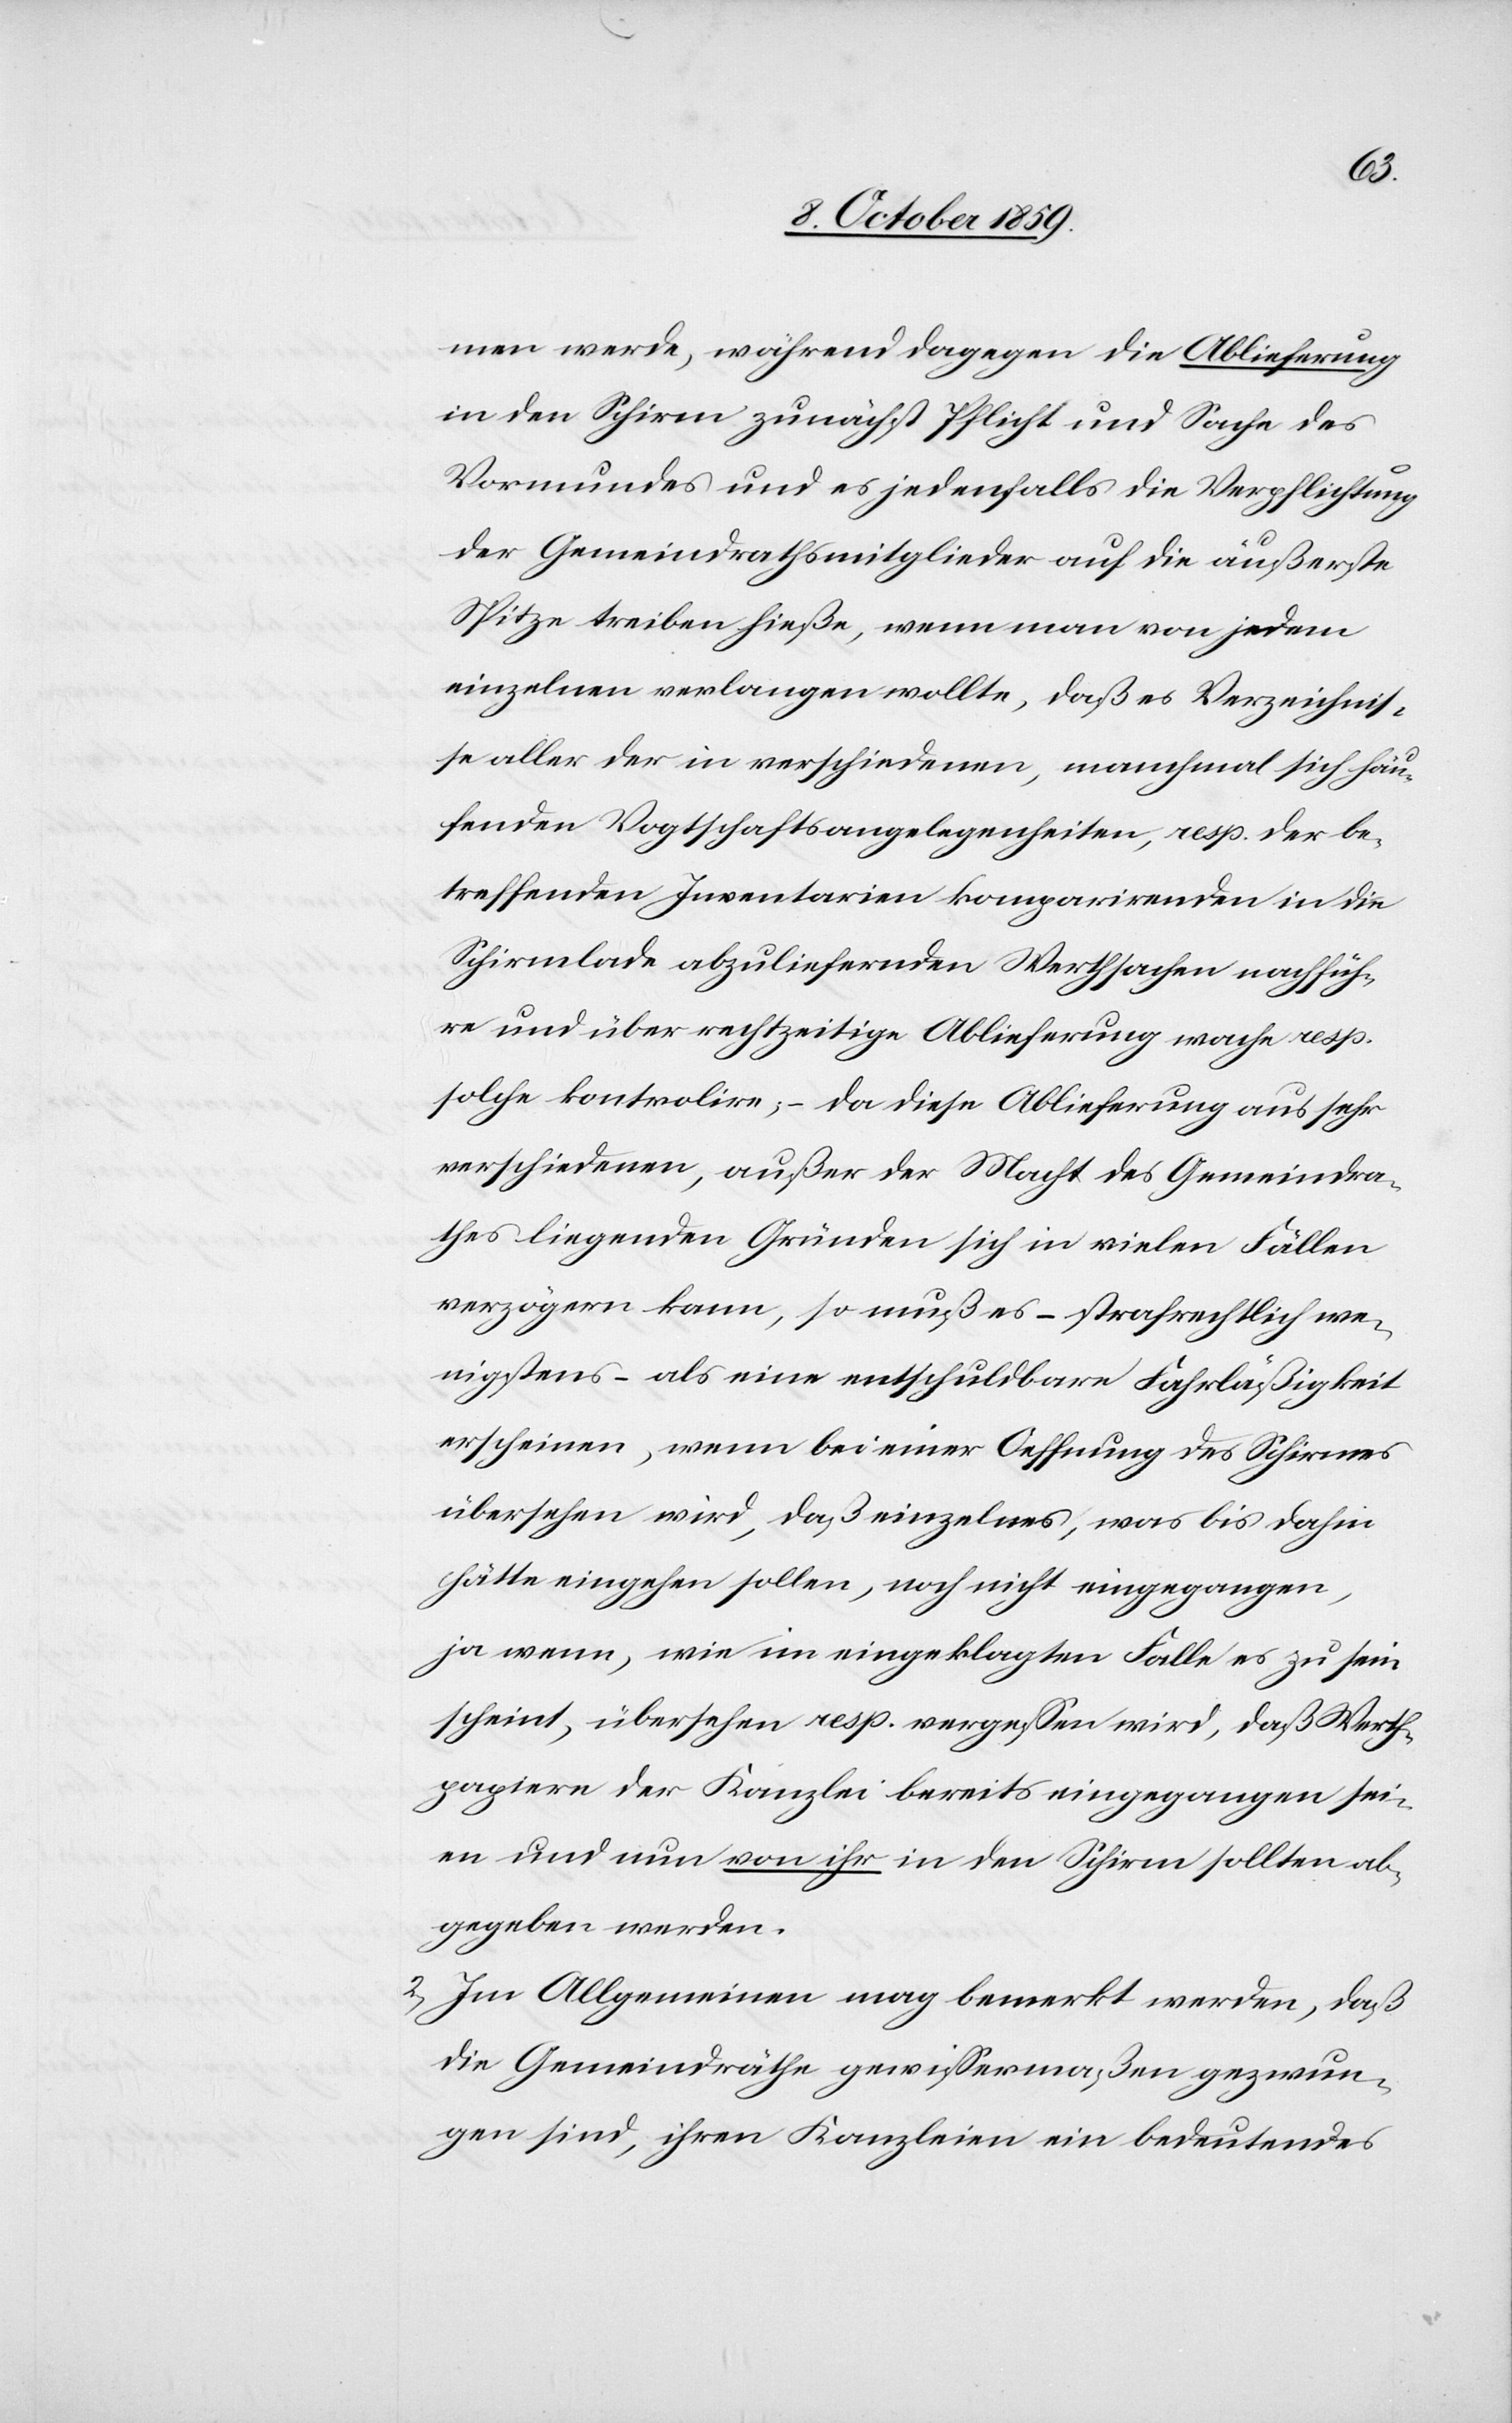
Wert¬
men werde, während dagegen die Ablieferung
in den Schirm zunächst Pflicht und Sache des
Vormundes und es jedenfalls die Verpflichtung
der Gemeindrathsmitglieder auf die äußerste
Spitze treiben hieße, wenn man von jedem
einzelnen verlangen wollte, daß es Verzeichnis¬
se aller der in verschiedenen, manchmal sich häu¬
fenden Vogtschaftsangelegenheiten, resp. der be¬
treffenden Inventarien komparirenden in die
Schirmlade abzuliefernden Wertsachen welche
solche kontrolire; – da diese Ablieferung aus sehr
verschiedenen, außer der Macht des Gemeindra¬
thes liegenden Gründen sich in vielen Fällen
verzögern kann, so muß es – strafrechtlich we¬
nigstens – als eine entschuldbare Fahrläßigkeit
erscheinen, wenn bei einer Oeffnung des Schirms
übersehen wird, daß einzelnes, was bis dahin
hätte eingehen sollen, noch nicht eingegangen,
papiere der Kanzlei bereits eingegangen sei¬
ne und nun von ihr in den Schirm sollten ab¬
gegeben werden.
2) Im Allgemeinen mag bemerkt werden, daß
die Gemeindräthe gewissermaßen gezwun¬
gen sind, ihren Kanzleien ein bedeutendes